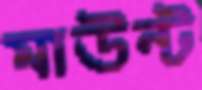
মাউন্ট